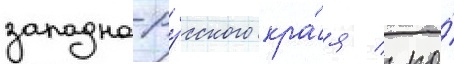
западно-ру́сского кра́я / по́